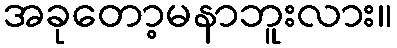
အခုတော့မနာဘူးလား။